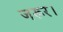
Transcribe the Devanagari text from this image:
जरूर।